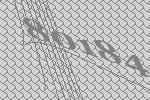
80184